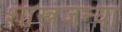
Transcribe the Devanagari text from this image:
शास्त्रजन्या